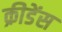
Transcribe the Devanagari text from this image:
क्रीडेंस